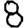
Digit: 8